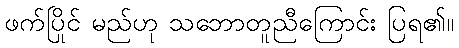
ဖက်ပြိုင် မည်ဟု သဘောတူညီကြောင်း ပြရ၏။